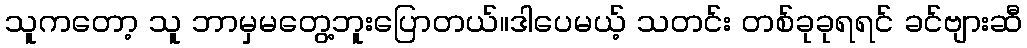
သူကတော့ သူ ဘာမှမတွေ့ဘူးပြောတယ်။ဒါပေမယ့် သတင်း တစ်ခုခုရရင် ခင်ဗျားဆီ